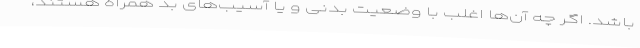
باشد. اگر چه آن‌ها اغلب با وضعیت بدنی و یا آسیب‌های بد همراه هستند،